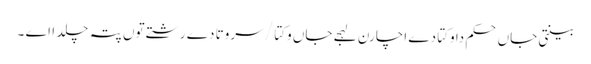
بینتی جاں حکم دا وکتا دے اچارن لہجے جاں وکتا / سروتا دے رشتے توں پتہ چلدا اے ۔